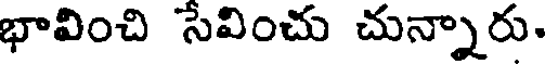
భావించి సేవించు చున్నారు.